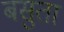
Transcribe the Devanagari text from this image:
बसुता